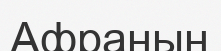
Афраның